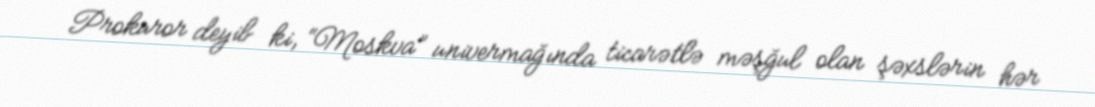
Prokuror deyib ki, “Moskva” univermağında ticarətlə məşğul olan şəxslərin hər